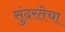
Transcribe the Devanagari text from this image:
सुंदरतेचा